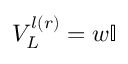
V _ { L } ^ { l ( r ) } = w \mathbb { I }